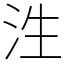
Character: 泩